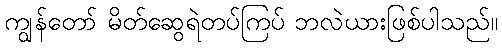
ကျွန်တော် မိတ်ဆွေရဲတပ်ကြပ် ဘလဲယားဖြစ်ပါသည်။